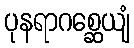
ပုနရာဂစ္ဆေယျံ